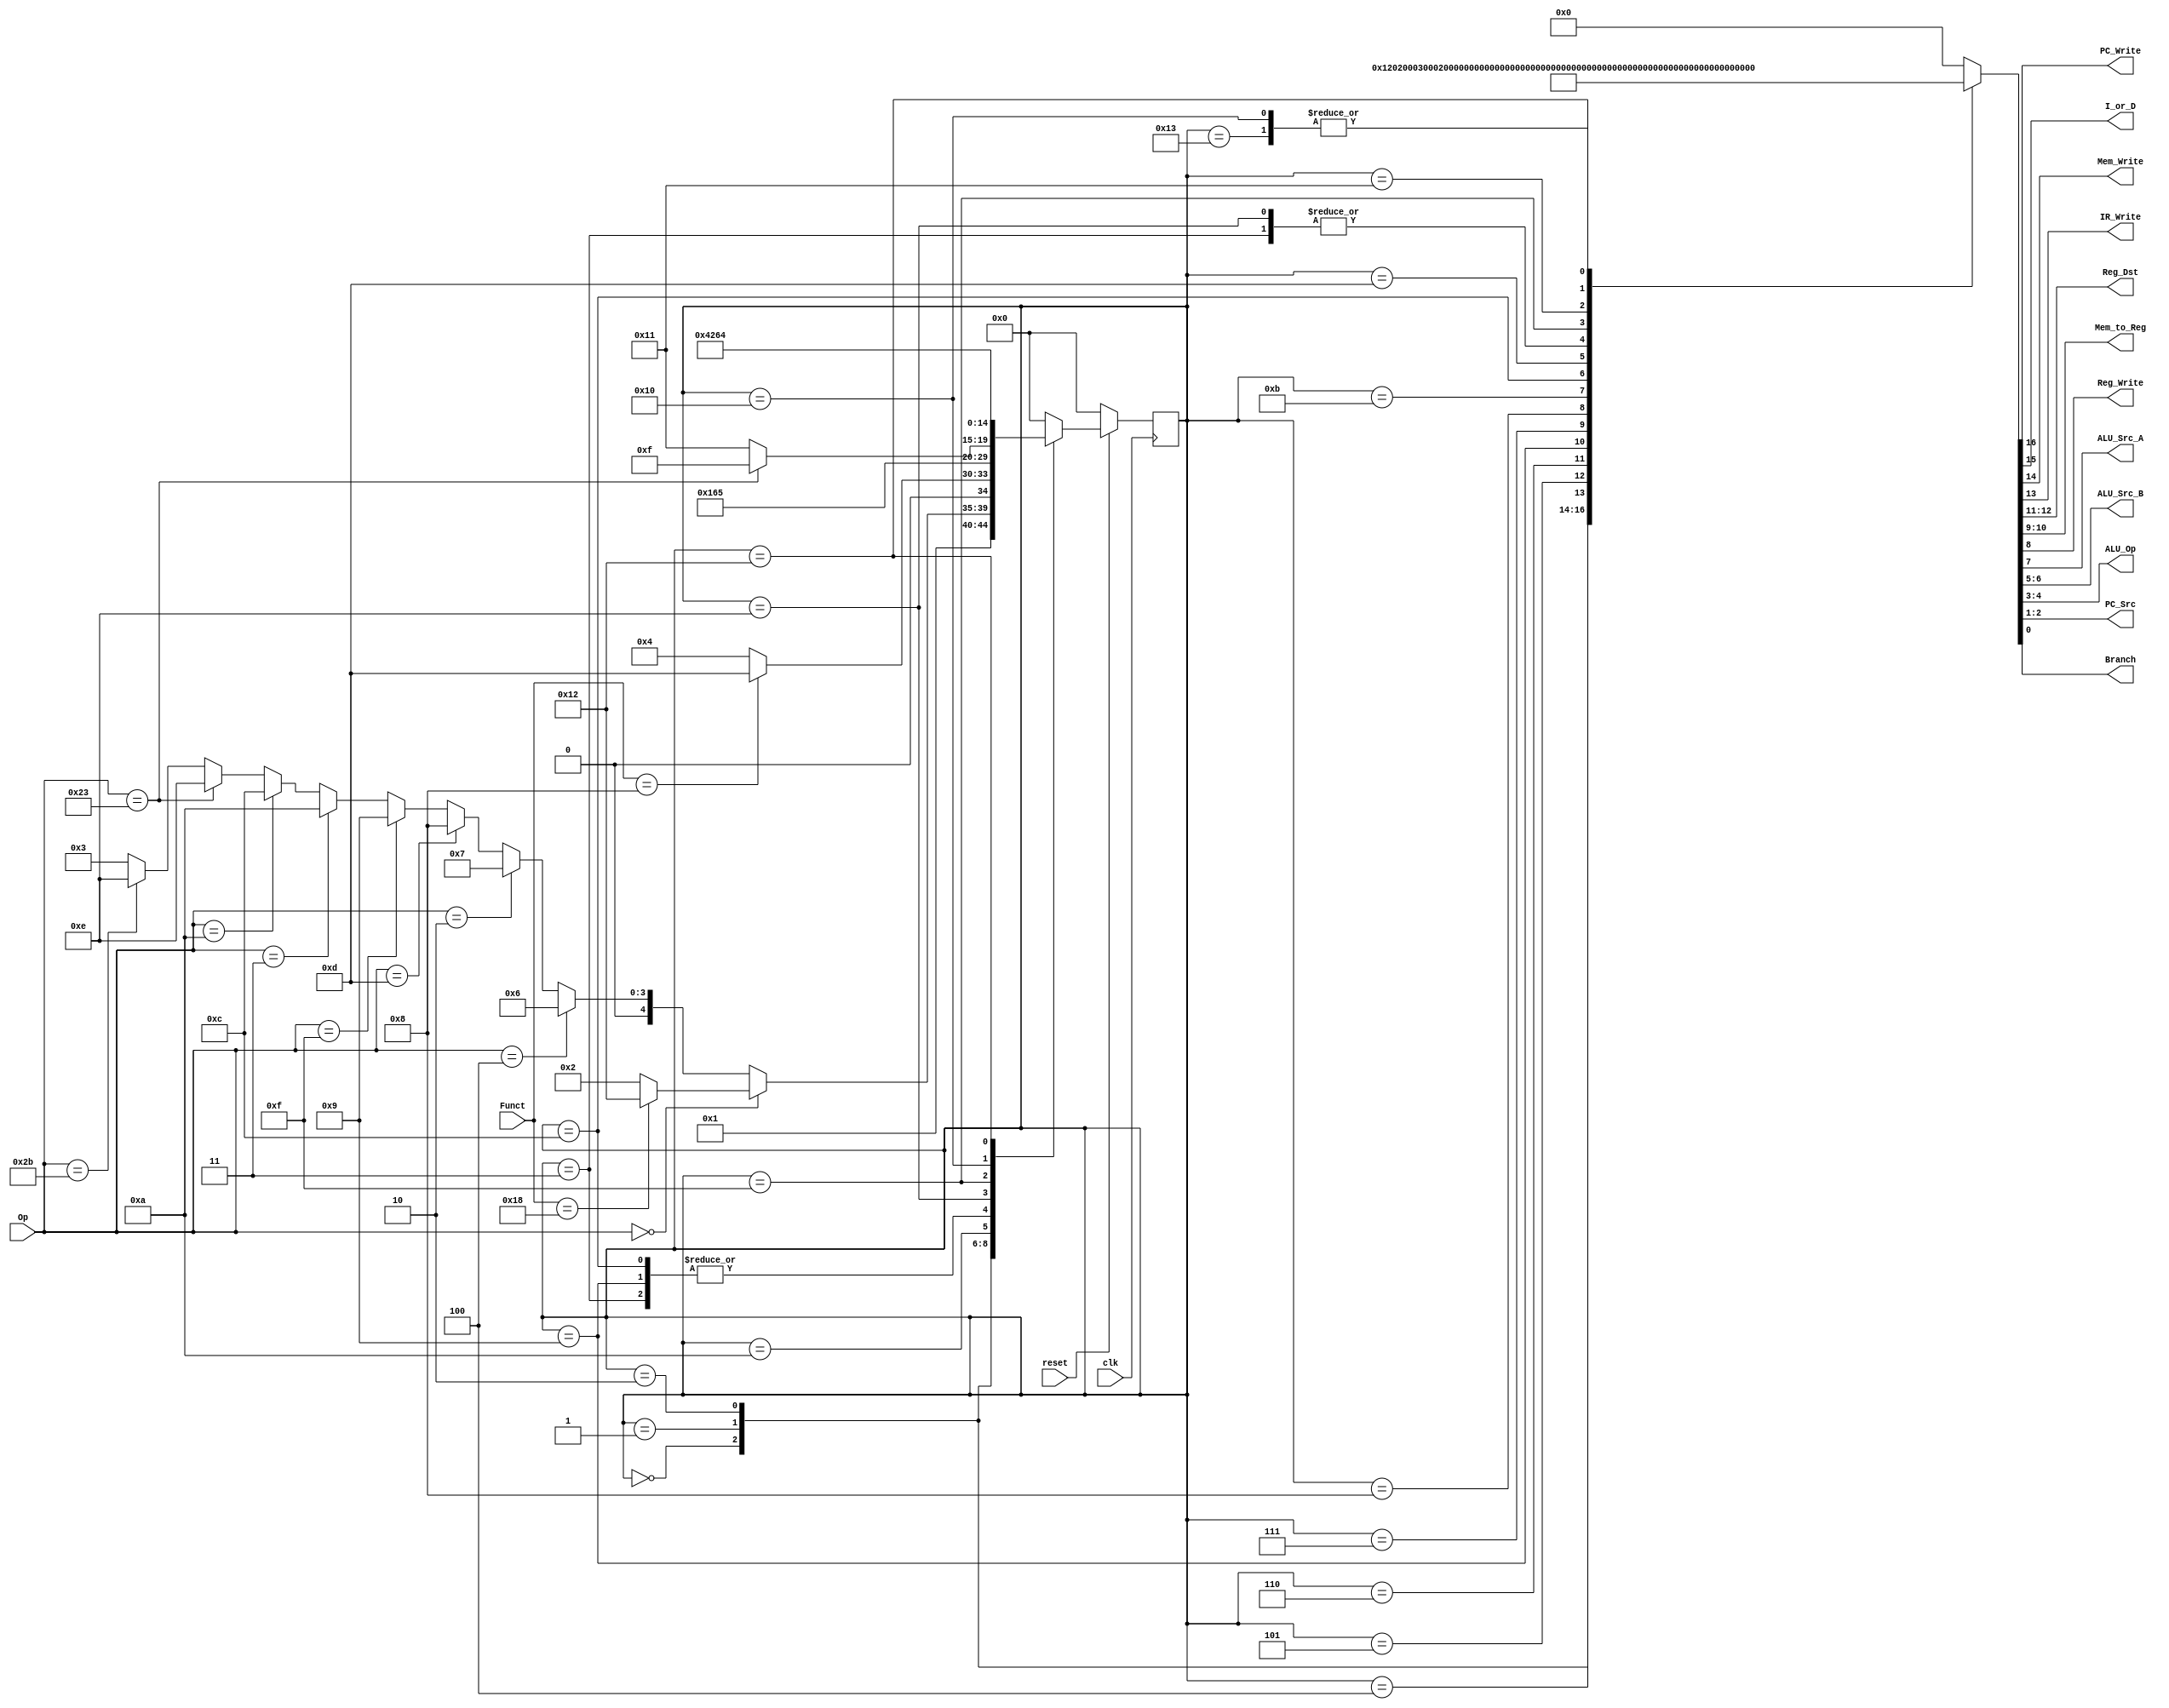
module Control_Signals
(
	input 			clk,
	input 			reset,
	input		[5:0]	Op,
	input 	[5:0] Funct,
		
	output  			PC_Write,
	output			I_or_D,
	output 			Mem_Write,
	output 			IR_Write,
	output 	[1:0]	Reg_Dst,
	output 	[1:0]	Mem_to_Reg,
	output 			Reg_Write,
	output 			ALU_Src_A,
	output 	[1:0]	ALU_Src_B,
	output 	[1:0]	ALU_Op,
	output 	[1:0]	PC_Src,
	output			Branch
);

	localparam	IF 	= 5'b00000,
					ID 	= 5'b00001,
					EX_R 	= 5'b00010,
					EX_I 	= 5'b00011,
					WB_R 	= 5'b00100,
					WB_I	= 5'b00101,
					BEQ 	= 5'b00110,
					J 		= 5'b00111,
					OR_I 	= 5'b01000,
					LUI	= 5'b01001,
					JAL 	= 5'b01010,
					WB_J	= 5'b01011,
					SLTI	= 5'b01100,
					JR		= 5'b01101,
					LWSW	= 5'b01110,
					LW		= 5'b01111,
					M_WB	= 5'b10000,
					SW		= 5'b10001,
					MULT	= 5'b10010,
					M_WB2 = 5'b10011;
							
	reg	[4:0]		state;
	reg	[4:0]		next_state;
	reg	[16:0]	control_bus;
	
	always@(posedge clk) begin
		if(!reset) state <= IF; 
		else state <= next_state;
	end
	
	always@(state or Op or Funct) begin
		control_bus = 17'b0_0_0_0_00_00_0_0_00_00_00_0;
		case (state)
			IF	:	begin
						control_bus = 17'b1_0_0_1_00_00_0_0_01_00_00_0;
						
						next_state = ID;
					end
						
			
			ID		:	begin
							control_bus = 17'b0_0_0_0_00_00_0_0_11_00_00_0;
							
							next_state = 	(!Op) ? (Funct == 6'b011000) ? MULT : EX_R : 
												(Op == 6'b000100) ? BEQ  : 
												(Op == 6'b000010) ? J 	 :
												(Op == 6'b001101) ? OR_I :
												(Op == 6'b001111)	? LUI	 :
												(Op == 6'b000011) ? JAL	 : 
												(Op == 6'b001010) ? SLTI :
												(Op == 6'b100011) ? LWSW :
												(Op == 6'b101011) ? LWSW : EX_I;
						end
			
			EX_R	:	begin
							control_bus = 17'b0_0_0_0_00_00_0_1_00_00_00_0; //add
							
							next_state = (Funct == 6'b001000) ? JR : WB_R;
						end

			EX_I	: 	begin
							control_bus = 17'b0_0_0_0_00_00_0_1_10_00_00_0; //addi

							next_state = WB_I;
						end

			WB_R	:	begin
							control_bus = 17'b0_0_0_0_01_00_1_1_00_00_00_0;
							
							next_state = IF;
						end
								
			WB_I	:	begin
							control_bus = 17'b0_0_0_0_00_00_1_1_00_00_00_0;
							
							next_state = IF;
						end
						
			BEQ	 :	begin
							control_bus = 17'b0_0_0_0_00_00_0_1_00_01_01_1;
							
							next_state = IF;
						end
						
			LUI	: 	begin
							control_bus = 17'b0_0_0_0_00_00_0_1_10_10_00_0;
							
							next_state = WB_I;
						end
			
			J		 :	begin
							control_bus = 17'b1_0_0_0_00_00_0_0_00_00_10_0;
							
							next_state = IF;
						end
						
			OR_I	:	begin
							control_bus = 17'b0_0_0_0_00_10_1_1_00_00_00_0;
							
							next_state = IF;
						end
			
			JAL	:	begin
							control_bus = 17'b0_0_0_0_00_00_0_0_00_00_00_0;
							
							next_state = WB_J;
						end
			
			WB_J	:	begin
							control_bus = 17'b1_0_0_0_10_00_1_1_00_00_10_0;
							
							next_state = IF;
						end
			
			SLTI	: 	begin
							control_bus = 17'b0_0_0_0_00_00_0_1_10_11_00_0;
							
							next_state = WB_I;
						end
						
			JR	:	begin
							control_bus = 17'b1_0_0_0_00_00_0_0_00_00_01_0;
							
							next_state = IF;
						end
			
			LWSW	:	begin
							control_bus = 17'b0_0_0_0_00_00_0_1_10_00_00_0;
							
							next_state = (Op == 6'b100011) ? LW : SW;
						end
			
			LW		:	begin
							control_bus = 17'b0_1_0_0_00_00_0_1_00_00_00_0;
							
							next_state = M_WB;
						end
			
			M_WB	:	begin
							control_bus = 17'b0_1_0_0_00_01_1_1_00_00_00_0;
							
							next_state = M_WB2;
						end
						
			SW		:	begin
							control_bus = 17'b0_1_1_0_00_00_0_0_00_00_00_0;
							
							next_state = IF;
						end
						
			MULT	:	begin
							control_bus = 17'b0_0_0_0_00_00_0_1_00_11_00_0;
							
							next_state = WB_R;//WB_MULT;
						end
						
			M_WB2	:	begin
							control_bus = 17'b0_1_0_0_00_01_1_1_00_00_00_0;
							
							next_state = IF;
						end
				
			default	:	next_state = IF;
		endcase
	end
	
	assign PC_Write = control_bus[16];
	assign I_or_D = control_bus[15];
	assign Mem_Write = control_bus[14];
	assign IR_Write = control_bus[13];
	assign Reg_Dst = control_bus[12:11];
	assign Mem_to_Reg = control_bus[10:9];
	assign Reg_Write = control_bus[8];
	assign ALU_Src_A = control_bus[7];
	assign ALU_Src_B = control_bus[6:5];
	assign ALU_Op = control_bus[4:3];
	assign PC_Src = control_bus[2:1];
	assign Branch = control_bus[0];
	
endmodule